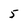
Character: 5